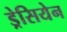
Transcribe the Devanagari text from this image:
ड्रेसियेन